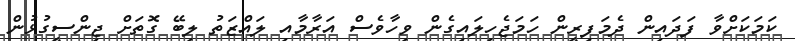
ކަމަކަށްވާ ފަދައިން ދެމަފިރީން ހަމަޖެހިލައިގެން ވިހާވެސް އަރާމާއި ލައްޒަތު ލިބޭ ގޮތަށް ޖިންސީގުޅުން